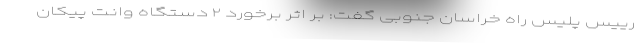
رییس پلیس راه خراسان جنوبی گفت: بر اثر برخورد ۲ دستگاه وانت پیکان